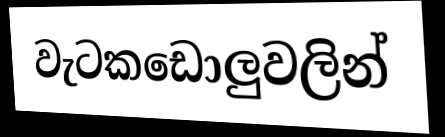
වැටකඩොලුවලින්